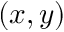
( x , y )